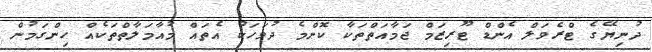
ދުނިޔޭގެ ޓްރެވަލް އެންޑް ޓޫރިޒަމް ޖަމާއަތްތަކާ ކޮންމެ ދުވަހަކު އެތައް މުއާމަލާތްތަކެއް ހިންގަމުން